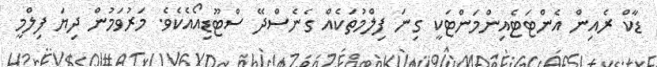
ޑާކް ރެއިން އެންޓަޓެއިންމަންޓަކީ ގިނަ ފިލްމުތަކެއް ގެނެސްދޭ ސްޓޫޑިއޯއެކެވެ. މަރުވަމުން ދިޔަ ފިލްމީ